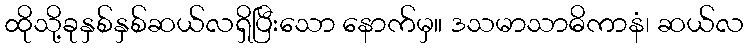
ထိုသို့ခုနှစ်နှစ်ဆယ်လရှိပြီးသော နောက်မှ။ ဒသမာသာဓိကာနံ၊ ဆယ်လ